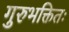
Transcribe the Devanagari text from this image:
गुरुभक्तितः